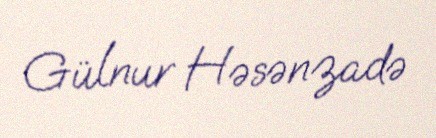
Gülnur Həsənzadə